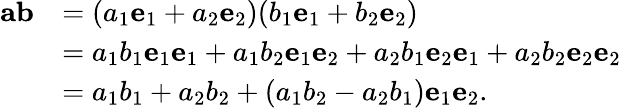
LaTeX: {\begin{array}{rl}{\mathbf{a}\mathbf{b}}&{=(a_{1}\mathbf{e}_{1}+a_{2}\mathbf{e}_{2})(b_{1}\mathbf{e}_{1}+b_{2}\mathbf{e}_{2})}\\ &{=a_{1}b_{1}\mathbf{e}_{1}\mathbf{e}_{1}+a_{1}b_{2}\mathbf{e}_{1}\mathbf{e}_{2}+a_{2}b_{1}\mathbf{e}_{2}\mathbf{e}_{1}+a_{2}b_{2}\mathbf{e}_{2}\mathbf{e}_{2}}\\ &{=a_{1}b_{1}+a_{2}b_{2}+(a_{1}b_{2}-a_{2}b_{1})\mathbf{e}_{1}\mathbf{e}_{2}.}\end{array}}